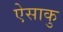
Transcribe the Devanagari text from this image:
ऐसाकु